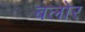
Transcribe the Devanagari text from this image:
बलोर